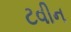
ટવીન